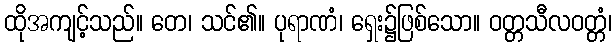
ထိုအကျင့်သည်။ တေ၊ သင်၏။ ပုရာဏံ၊ ရှေး၌ဖြစ်သော။ ဝတ္တသီလဝတ္တံ၊